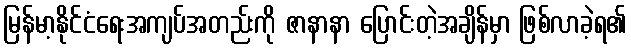
မြန်မာ့နိုင်ငံရေးအကျပ်အတည်းကို ဇာနာနာ ပြောင်းတဲ့အချိန်မှာ ဖြစ်လာခဲ့ရ၏